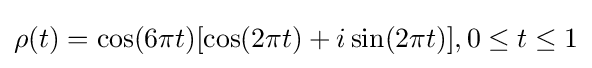
\rho (t)=\cos(6\pi t)[\cos(2\pi t)+i\sin(2\pi t)],0\leq t\leq 1